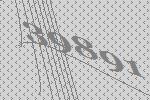
39891